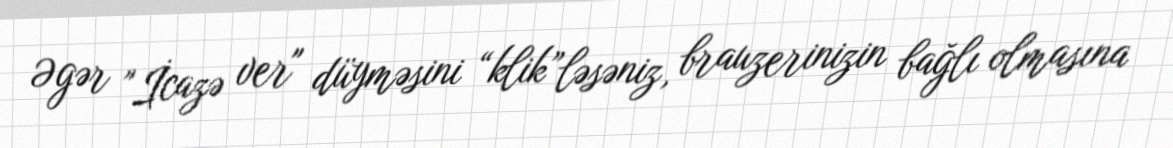
Əgər "İcazə ver" düyməsini “klik”ləsəniz, brauzerinizin bağlı olmasına